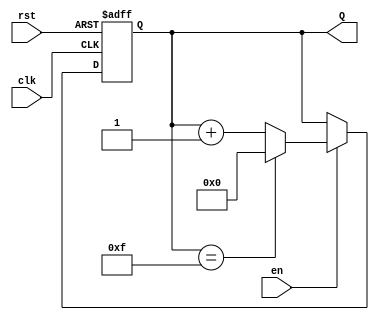
module binary_up_counter #(
    parameter n = 4 // Default to a 4-bit counter
)(
    input wire clk,
    input wire rst,
    input wire en,
    output reg [n-1:0] Q
);

    // Asynchronous reset and counting logic
    always @(posedge clk or posedge rst) begin
        if (rst) begin
            Q <= 0; // Reset the counter to 0
        end else if (en) begin
            if (Q == (1 << n) - 1) begin
                Q <= 0; // Wrap around when max value is reached
            end else begin
                Q <= Q + 1; // Increment the counter
            end
        end
    end

endmodule